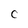
Character: C